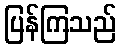
ပြန်ကြသည်